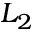
L _ { 2 }